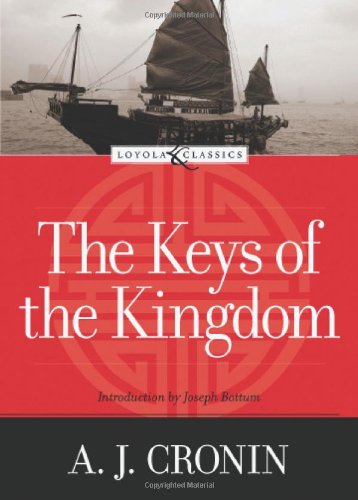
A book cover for The Keys of the Kingdom (Loyola Classics); A. J. Cronin; Religion & Spirituality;